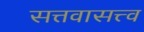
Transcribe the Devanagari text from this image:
सत्तवासत्त्व